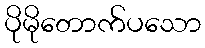
ပိုမိုတောက်ပသော